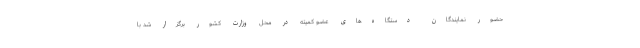
حضور نمایندگان دستگاه‌های عضو کمیته در محل وزارت کشور برگزار شد با